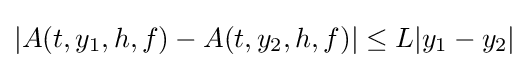
|A(t,y_{1},h,f)-A(t,y_{2},h,f)|\leq L|y_{1}-y_{2}|